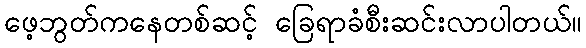
ဖေ့ဘွတ်ကနေတစ်ဆင့် ခြေရာခံစီးဆင်းလာပါတယ်။